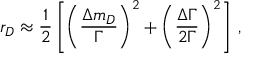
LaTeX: r _ { D } \approx { \frac { 1 } { 2 } } \left[ \left( { \frac { \Delta m _ { D } } { \Gamma } } \right) ^ { 2 } + \left( { \frac { \Delta \Gamma } { 2 \Gamma } } \right) ^ { 2 } \right] \, ,